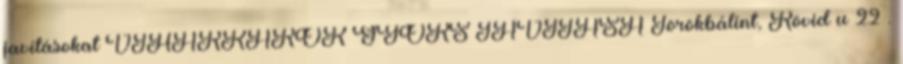
javításokat VIHARKÁROK GYORS JAVÍTÁSA Törökbálint, Rövid u 22 .